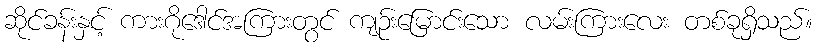
ဆိုင်ခန်းနှင့် ကားဂိုဒေါင်အကြားတွင် ကျဉ်းမြောင်းသော လမ်းကြားလေး တစ်ခုရှိသည်။